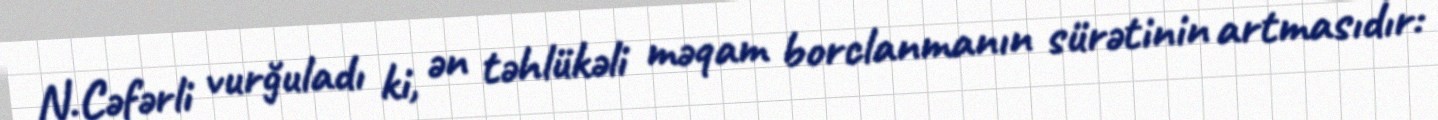
N.Cəfərli vurğuladı ki, ən təhlükəli məqam borclanmanın sürətinin artmasıdır: